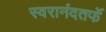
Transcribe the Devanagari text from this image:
स्वरानंदतर्फे